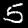
Label: 5